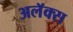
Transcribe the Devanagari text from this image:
अलॅक्स